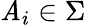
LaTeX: \mathit{A}_{i}\in\Sigma